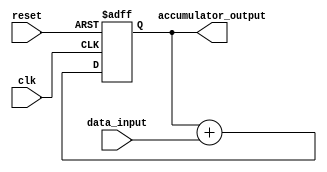
module simple_accumulator (
    input wire clk,
    input wire reset,
    input wire [31:0] data_input,
    output reg [31:0] accumulator_output
);

reg [31:0] accumulator_register;

always @(posedge clk or posedge reset) begin
    if (reset) begin
        accumulator_register <= 32'd0;
    end else begin
        accumulator_register <= accumulator_register + data_input;
    end
end

assign accumulator_output = accumulator_register;

endmodule